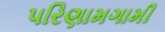
પરિણામગામી